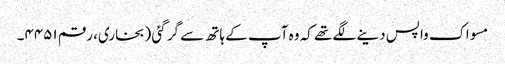
مسواک واپس دینے لگے تھے کہ وہ آپ کے ہاتھ سے گر گئی (بخاری، رقم ۴۴۵۱۔